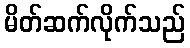
မိတ်ဆက်လိုက်သည်